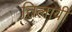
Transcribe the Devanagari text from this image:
तिलावी